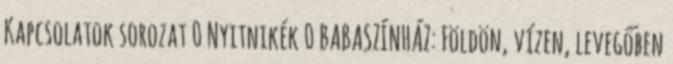
Kapcsolatok sorozat 0 Nyitnikék 0 BABASZÍNHÁZ: Földön, vízen, levegőben